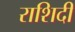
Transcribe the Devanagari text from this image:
राशिदी